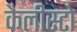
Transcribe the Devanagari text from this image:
कैलीस्टो